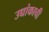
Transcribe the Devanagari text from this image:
उच्चांकाची